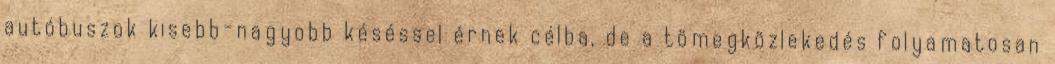
autóbuszok kisebb-nagyobb késéssel érnek célba, de a tömegközlekedés folyamatosan